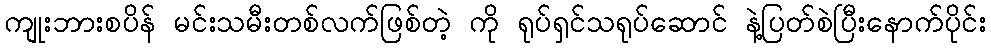
ကျုးဘားစပိန် မင်းသမီးတစ်လက်ဖြစ်တဲ့ ကို ရုပ်ရှင်သရုပ်ဆောင် နဲ့ပြတ်စဲပြီးနောက်ပိုင်း